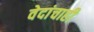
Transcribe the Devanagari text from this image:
वेदांचाही